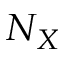
N _ { X }